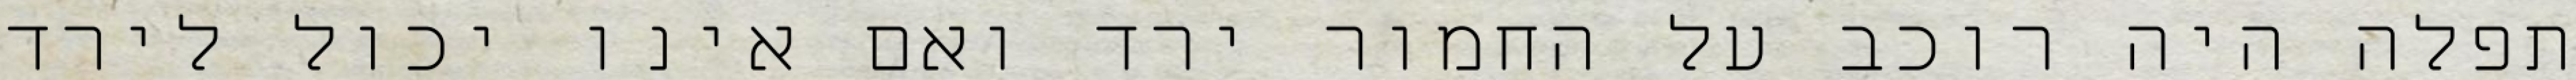
תפלה היה רוכב על החמור ירד ואם אינו יכול לירד